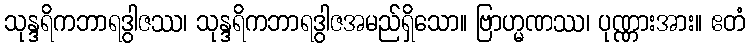
သုန္ဒရိကဘာရဒွါဇဿ၊ သုန္ဒရိကဘာရဒွါဇအမည်ရှိသော။ ဗြာဟ္မဏဿ၊ ပုဏ္ဏားအား။ ဧတံ